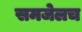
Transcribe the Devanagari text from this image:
समजेलच